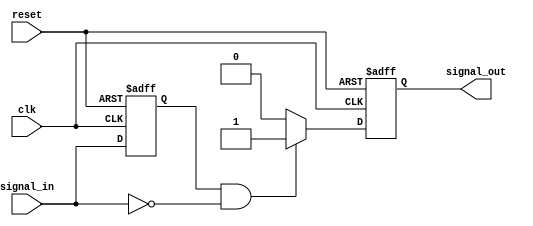
module negative_edge_detector (
    input wire clk,            // Clock signal
    input wire signal_in,      // Input signal to detect negative edge
    input wire reset,          // Asynchronous reset signal
    output reg signal_out      // Output signal indicating negative edge detection
);

    // Internal register to store the previous state of signal_in
    reg previous_state;

    // Sequential logic for detecting negative edge
    always @(posedge clk or posedge reset) begin
        if (reset) begin
            previous_state <= 1'b0; // Initialize previous_state to 0 on reset
            signal_out <= 1'b0;      // Initialize output signal to 0 on reset
        end else begin
            // Edge detection logic
            if (previous_state == 1'b1 && signal_in == 1'b0) begin
                signal_out <= 1'b1;   // Negative edge detected, output high
            end else begin
                signal_out <= 1'b0;   // No edge detected, output low
            end
            
            // Sampling the current state of signal_in
            previous_state <= signal_in;
        end
    end

endmodule